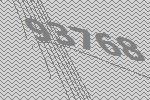
93768